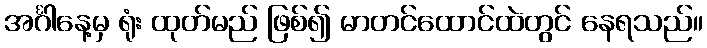
အင်္ဂါနေ့မှ ရုံး ထုတ်မည် ဖြစ်၍ မာတင်ထောင်ထဲတွင် နေရသည်။